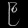
Digit: ၉